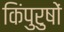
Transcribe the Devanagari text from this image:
किंपुरुषों